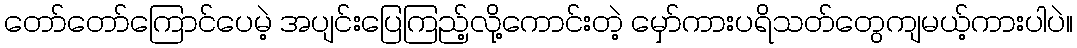
တော်တော်ကြောင်ပေမဲ့ အပျင်းပြေကြည့်လို့ကောင်းတဲ့ မှော်ကားပရိသတ်တွေကျမယ့်ကားပါပဲ။